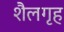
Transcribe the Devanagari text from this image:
शैलगृह